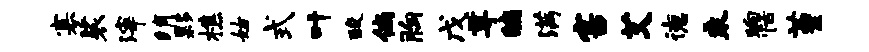
寡裟滓绡夥樵姑式叶酸倘胸戊尊编满害艾德乘晌恬堇